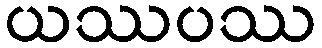
ယဿပဿ